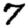
Digit: 7